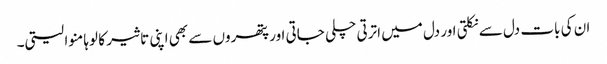
ان کی بات دل سے نکلتی اور دل میں اترتی چلی جاتی اور پتھروں سے بھی اپنی تاثیر کا لوہا منوا لیتی۔